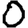
Digit: 0